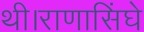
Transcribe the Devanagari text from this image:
थी।राणासिंघे